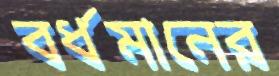
বর্ধমানের